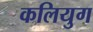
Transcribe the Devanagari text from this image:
कलियुग